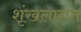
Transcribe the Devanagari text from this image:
शृंखलागत